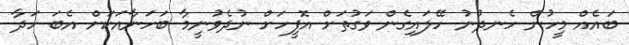
ބައެއް މީހުން ހެނދުނު ހޭލައިގެން ވަގުތަށް އޮފީހަށް ނުދެވުނީމާ ބަހަނާއަކަށް އެބަ ހަދާ